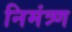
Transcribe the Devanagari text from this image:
निमंत्र्ण